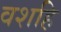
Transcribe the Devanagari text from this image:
वशहि